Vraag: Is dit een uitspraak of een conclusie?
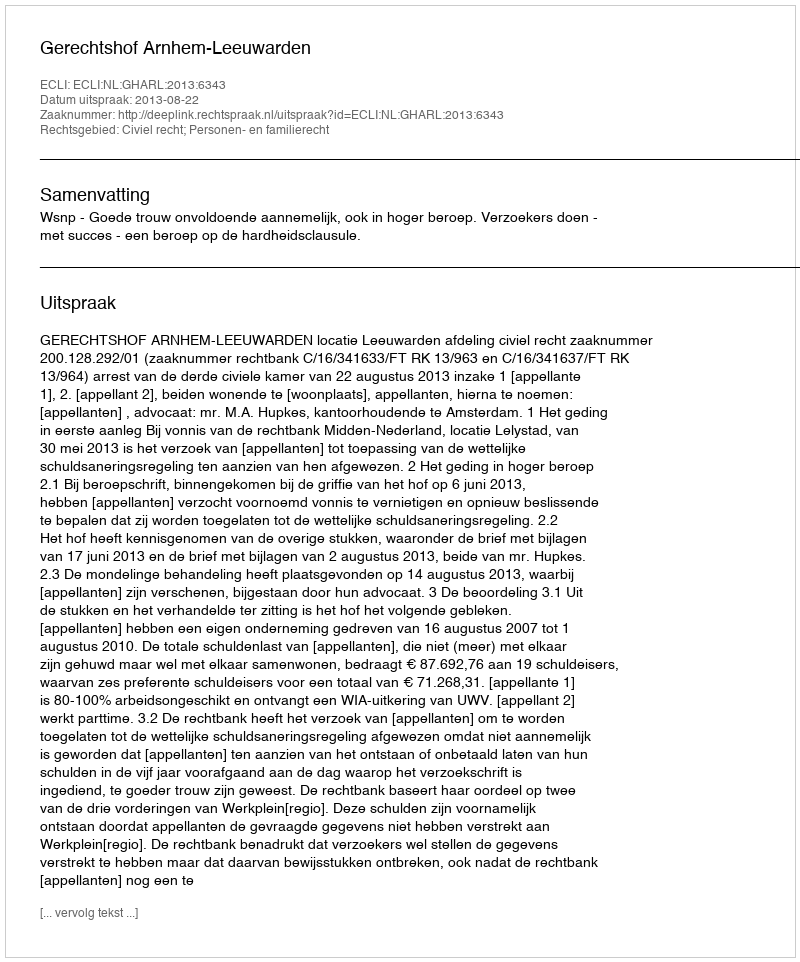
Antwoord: Uitspraak